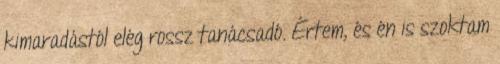
kimaradástól elég rossz tanácsadó. Értem, és én is szoktam